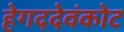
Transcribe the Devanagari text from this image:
हेगददेवंकोट